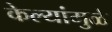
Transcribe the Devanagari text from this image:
केल्यांमुळे